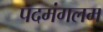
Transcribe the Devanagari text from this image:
पदमंगलम